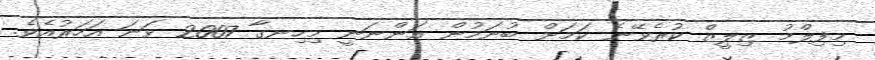
މިފިލްމު ޒިލީޒް ކުރެވޭނެ ކަމަށް ބުނަމުން އަންނަނީ މިހިނގާ 2007 ވަނަ އަހަރުއެވެ.